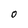
Character: 0